Bombay plague: being a history of the progress of plague in the Bombay presidency from September 1896 to June 1899
Year: 1896
Disease focus: Plague
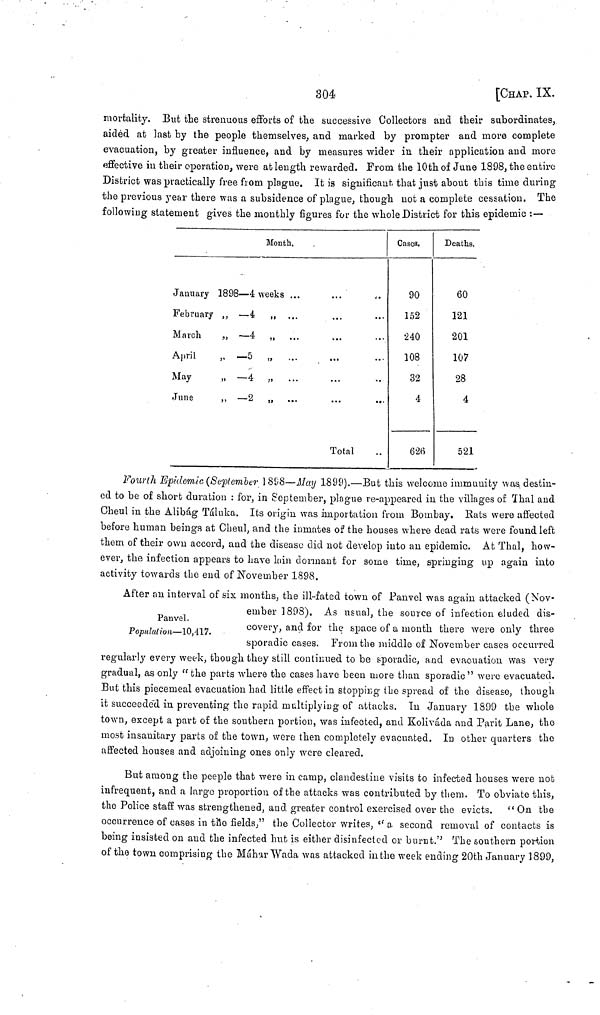
304
[CHAP. IX.
mortality. But the strenuous efforts of the successive Collectors and their subordinates,
aided at last by the people themselves, and marked by prompter and more complete
evacuation, by greater influence, and by measures wider in their application and more
effective in their operation, were at length rewarded. From the 10th of June 1898, the entire
District was practically free from plague. It is significant that just about this time during
the previous year there was a subsidence of plague, though not a complete cessation, The
following statement gives the monthly figures for the whole District for this epidemic :—
Month.
January 1898—4 weeks ...
February „ —4 „ ...
March
,, —4 „
April
„ —5 „ ...
...
May
„ —4 „
...
June
,, —2 „
Total
Cases.
90
152
240
108
32
4
626
Deaths,
60
121
201
107
28
4
521
Fourth Epidemic (September 1898—May 1899).—But this welcome immunity was destin-
ed to be of short duration : for, in September, plague re-appeared in the villages of Thal and
Cheul in the Alibág Táluka. Its origin was importation from Bombay. Rats were affected
before human beings at Cheul, and the inmates of the houses where dead rats were found left
them of their own accord, and the disease did not develop into an epidemic. At Thal, how-
ever, the infection appears to have bin dormant for some time, springing up again into
activity towards the end of November 1898.
Panvel.
Population—10,417.
After an interval of six months, the ill-fated town of Panvel was again attacked (Nov-
ember 1898). As usual, the source of infection eluded dis-
covery, and for the space of a month there were only three
sporadic cases. From the middle of November cases occurred
regularly every week, though they still continued to be sporadic, and evacuation was very
gradual, as only " the parts where the cases have been more than sporadic" were evacuated.
But this piecemeal evacuation had little effect in stopping the spread of the disease, though
it succeeded in preventing the rapid multiplying of attacks. In January 1899 the whole
town, except a part of the southern portion, was infected, and Koliváda and Parit Lane, the
most insanitary parts of the town, were then completely evacuated. In other quarters the
affected houses and adjoining ones only were cleared.
But among the peeple that were in camp, clandestine visits to infected houses were nob
infrequent, and a largo proportion of the attacks was contributed by them. To obviate this,
the Police staff was strengthened, and greater control exercised over the evicts. " On the
occurrence of cases in the fields," the Collector writes, " a second removal of contacts is
being insisted on and the infected hut is either disinfected or burnt." The southern portion
of the town comprising the Máhar Wada was attacked in the week ending 20th January 1899,